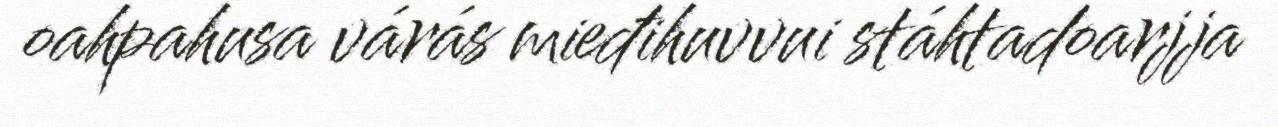
oahpahusa várás mieđihuvvui stáhtadoarjja